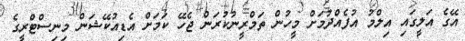
އޭގެ އަލީގައި އިލްމު އުފެއްދުމަށް މީހުން ތަމްރީނުކުރަން ޖެހޭ ކަމަށް އެޑިއުކޭޝަން މިނިސްޓްރީގެ